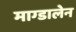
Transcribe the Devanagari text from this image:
माग्डालेन